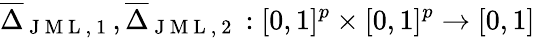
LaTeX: \overline{{\Delta}}_{\mathrm{~J~M~L~,~1~}},\overline{{\Delta}}_{\mathrm{~J~M~L~,~2~}}:[0,1]^{p}\times[0,1]^{p}\rightarrow[0,1]